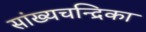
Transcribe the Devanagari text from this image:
सांख्‍यचन्द्रिका